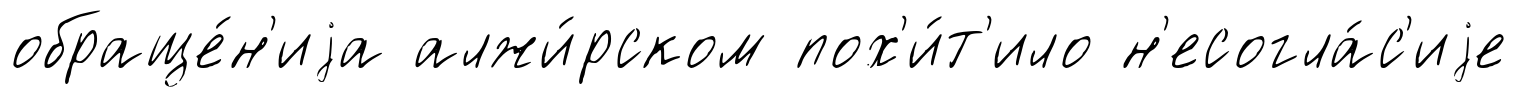
обраще́н'иjа алжи́рском пох'и́т'ило н'есогла́с'иjе